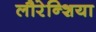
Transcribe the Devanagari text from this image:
लौरेन्शिया